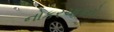
નોકરચાકરો